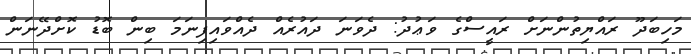
މަހިބަދޫ ރައްޔިތުންނަށް ރައީސްގެ ވަޢުދު: ދެވަނަ ދައުރެއް ދެއްވައިފިނަމަ ބިން ބޮޑު ކޮށްދޭނަން